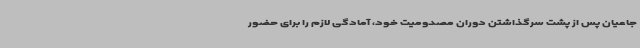
جاعیان پس از پشت سرگذاشتن دوران مصدومیت خود، آمادگی لازم را برای حضور